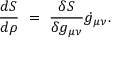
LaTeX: { \frac { d S } { d \rho } } ~ = ~ { \frac { \delta S } { \delta g _ { \mu \nu } } } \dot { g } _ { \mu \nu } .